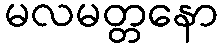
မလမတ္တနော